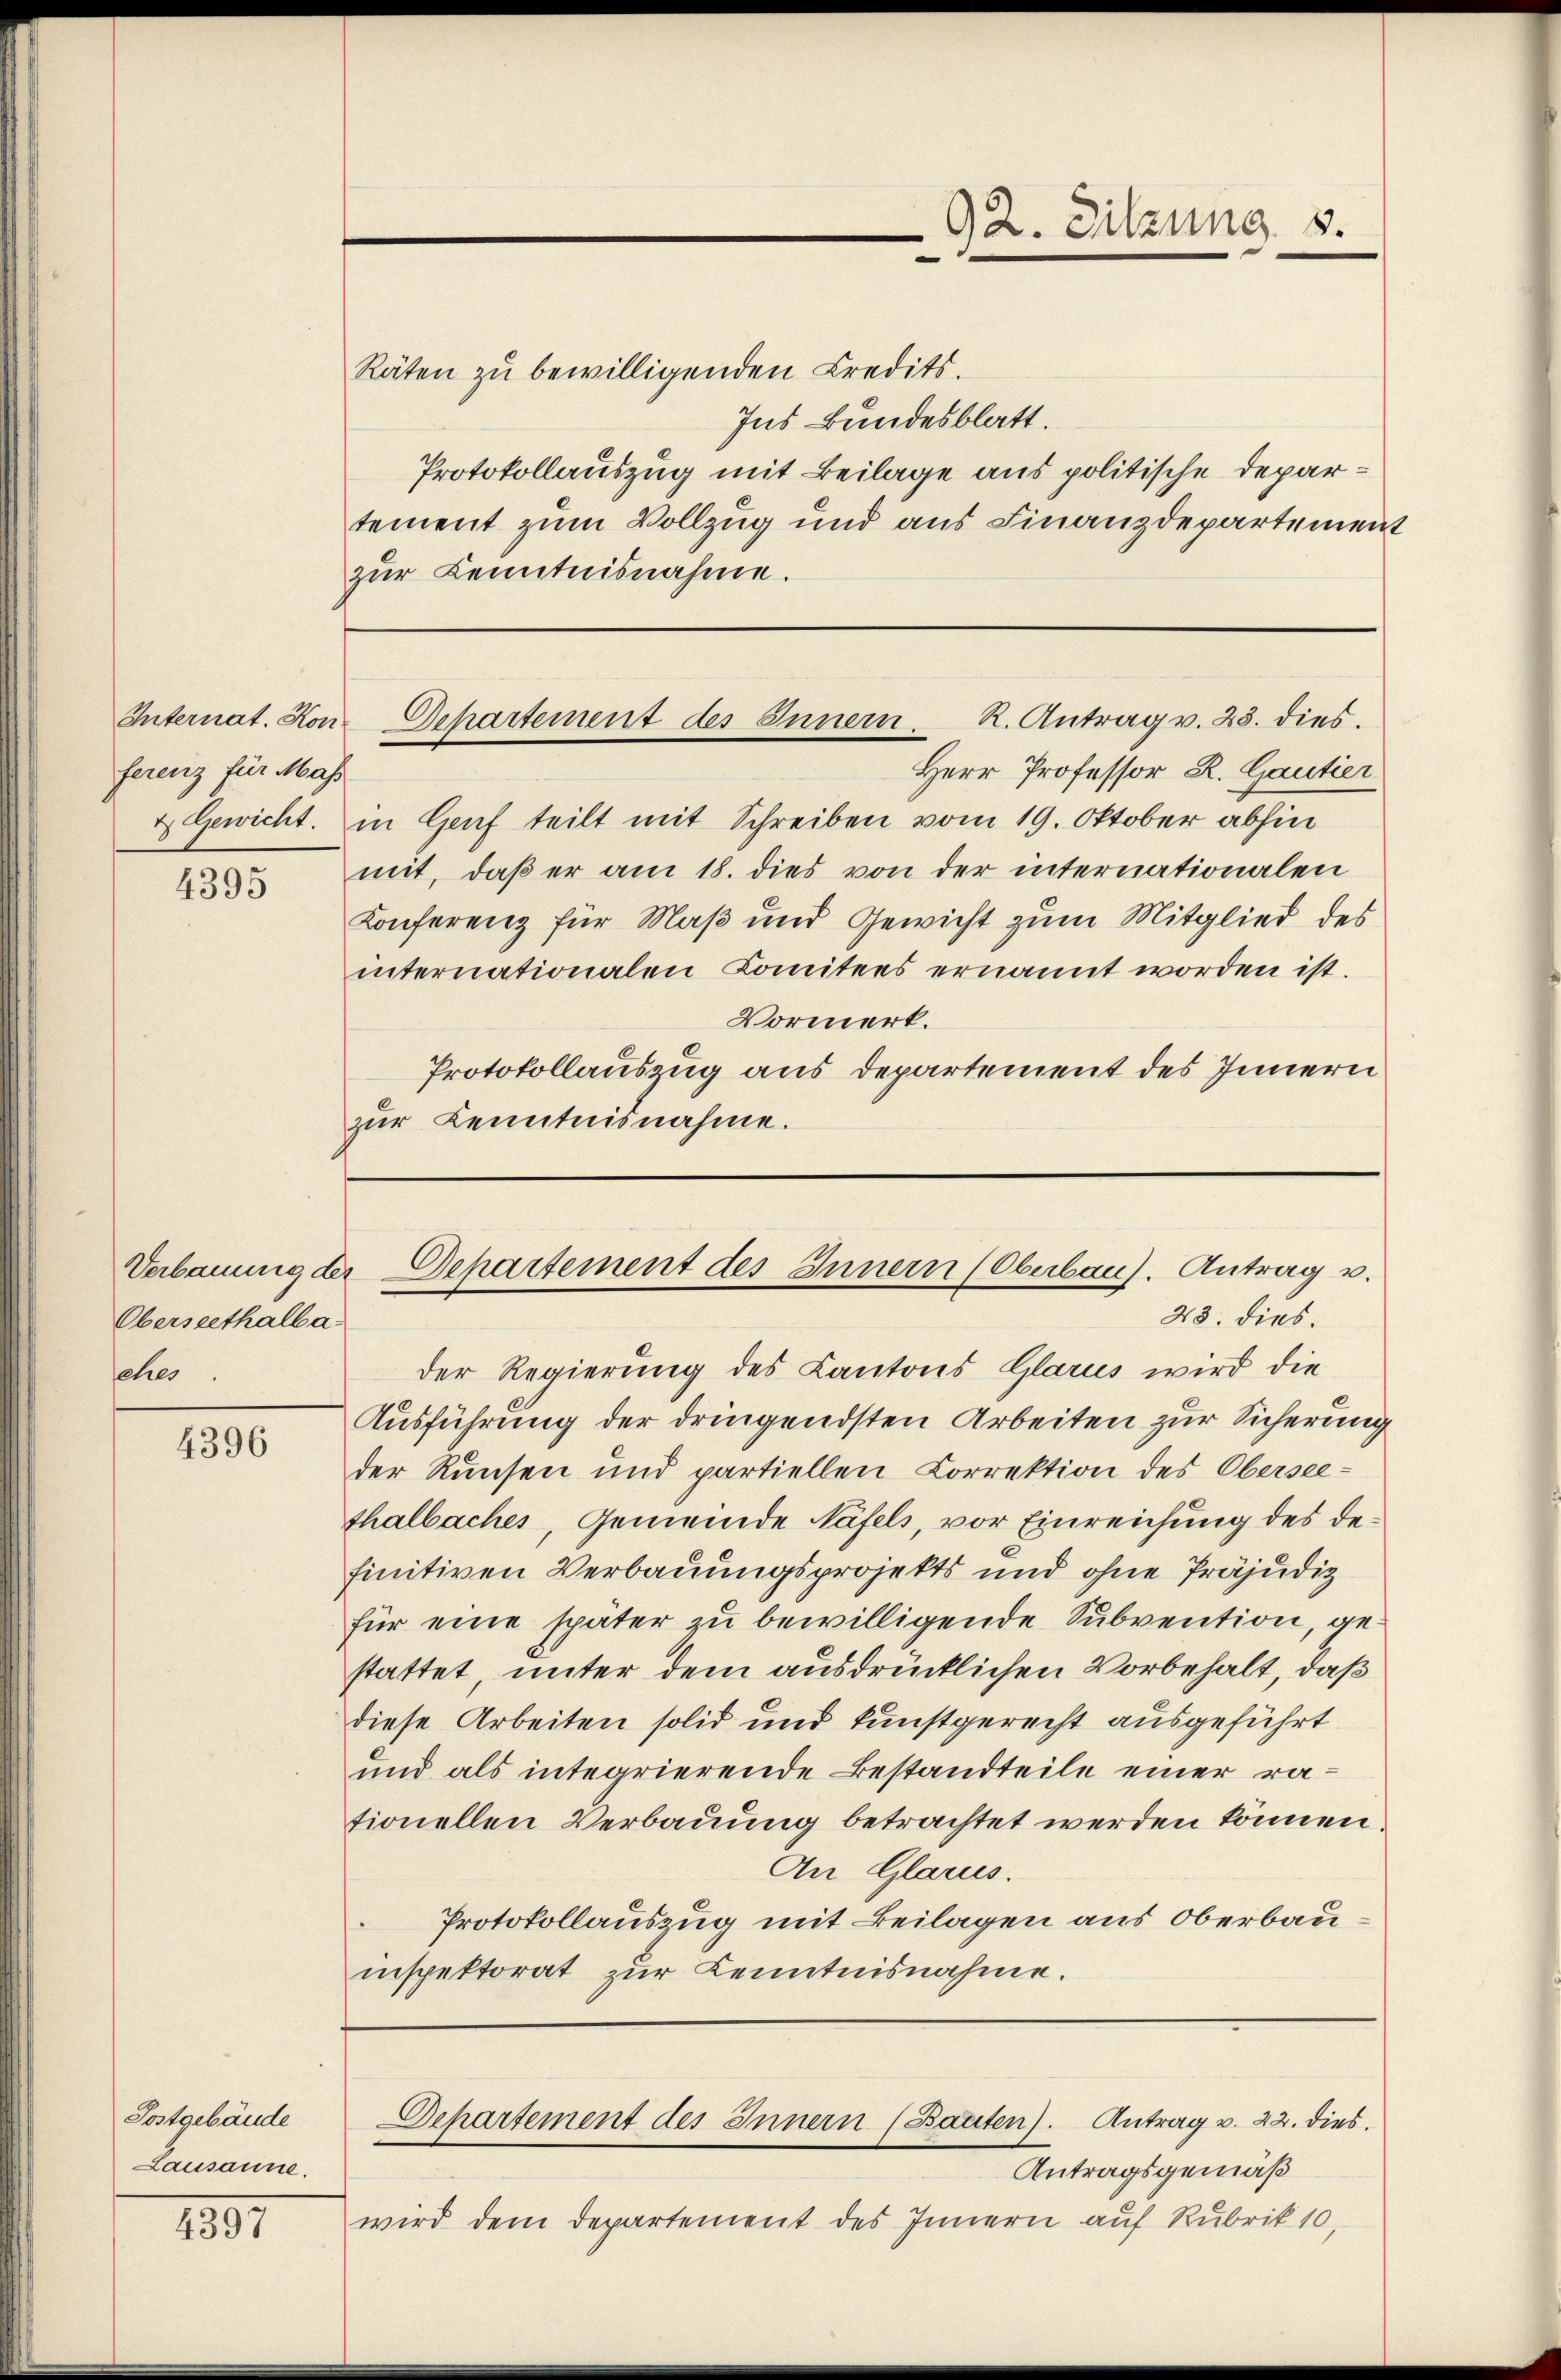
ferenz für Mass

4395

Verbauung der
Oberseethalba
sehes

4396

Postgebäude
Lausanne.

1897

Räten zu bewilligenden Credits.
Ins Bundesblatt.
Protokollauszug mit Beilage aus politische Departement zum Vollzug und aus Finanzdepartement
zur Kenntnisnahme.

Herr Professor R. Gautier
& Gewicht. in Genf teilt mit Schreiben vom 19. Oktober abhin
mit, daß er am 18. dies von der internationalen
Konferenz für Maß und Gewicht zum Mitglied des
internationalen Comitees ernannt worden ist.
Vormerk.
Protokollauszug aus Departement des Innern
zur Kenntnisnahme.

92. Sitzung 8.

Internat. Hon-Departement des Innern. K. Antrag v. 23. dies

Departement des Innern (Oberbaus. Antrag u.
23. dies

der Regierung des Cantons Glarus wird die
Ausführung der dringendsten Arbeiten zur Sicherung
der Runsen und partiellen Correktion des Oberseethalbaches, Gemeinde Näfels, vor Einreichung des definitiven Verbauungsprojekts und ohne Präjudiz
für eine später zu bewilligende Subvention, gestattet, unter dem ausdrücklichen Vorbehalt, daß
diese Arbeiten solid und kunstgerecht ausgeführt
und als integrierende Bestandteile einer rationellen Verbauung betrachtet werden können.
An Glarus.
Protokollauszug mit Beilagen aus Oberbau
inspektorat zŭr Kenntnisnahme.
Dehartement des Innern (Bauten). Antrag v. 22. dies
Antragsgemäß
wird dem Departement des Innern auf Rubrik 10.